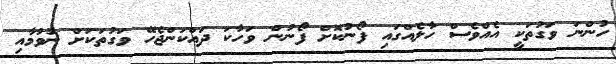
ހުންނަ ވަގުތަކީ އެއްވެސް ހާލެއްގައި ފޯނުކޮށް ފޯނުން ވަހާކަ ދައްކަންޖެހޭ ވަގުތަކަށް ނުވުމާއި